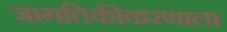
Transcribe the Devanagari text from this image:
जागतिकीकरणाला